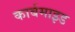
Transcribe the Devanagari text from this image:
कार्बमाइड